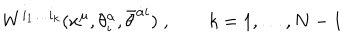
W ^ { i _ { 1 } \ldots i _ { k } } ( x ^ { \mu } , \theta _ { i } ^ { \alpha } , \bar { \theta } ^ { \dot { \alpha } i } ) \; , \qquad k = 1 , \ldots , N - 1